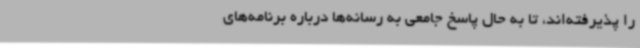
را پذیرفته‌اند، تا به حال پاسخ جامعی به رسانه‌ها درباره برنامه‌های